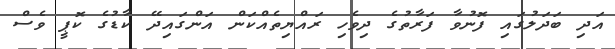
އަދި ބަދަލުގައި ފޮނުވާ ފަރާތުގެ ދިވެހި ރައްޔިތެއްކަން އަންގައިދޭ ކާޑުގެ ކޮޕީ ވެސް